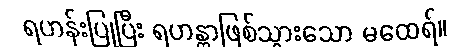
ရဟန်းပြုပြီး ရဟန္တာဖြစ်သွားသော မထေရ်။